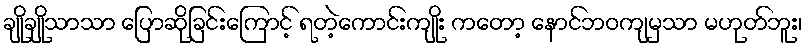
ချိုချိုသာသာ ပြောဆိုခြင်းကြောင့် ရတဲ့ကောင်းကျိုး ကတော့ နောင်ဘဝကျမှသာ မဟုတ်ဘူး၊